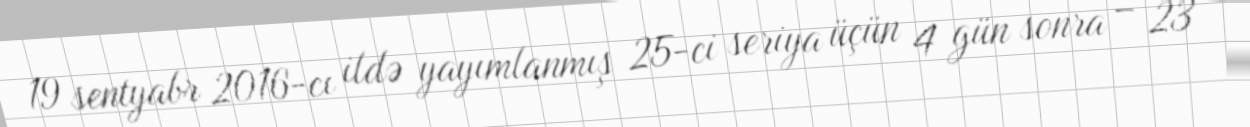
19 sentyabr 2016-cı ildə yayımlanmış 25-ci seriya üçün 4 gün sonra – 23